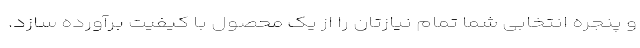
و پنجره انتخابی شما تمام نیازتان را از یک محصول با کیفیت برآورده سازد.